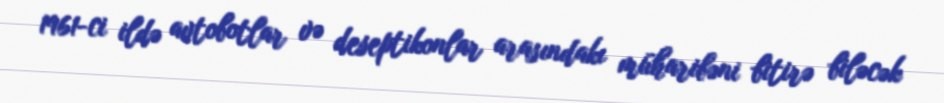
1961-ci ildə avtobotlar və deseptikonlar arasındakı müharibəni bitirə biləcək